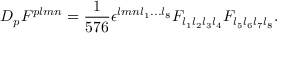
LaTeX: D _ { p } F ^ { p l m n } = { \frac { 1 } { 5 7 6 } } \epsilon ^ { l m n l _ { 1 } . . . l _ { 8 } } F _ { l _ { 1 } l _ { 2 } l _ { 3 } l _ { 4 } } F _ { l _ { 5 } l _ { 6 } l _ { 7 } l _ { 8 } } .